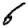
Digit: 6